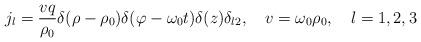
LaTeX: \begin{align*}j_{l}=\frac{vq}{\rho _{0}}\delta (\rho -\rho _{0})\delta (\varphi-\omega _{0}t)\delta (z)\delta _{l2},\quad v=\omega _{0}\rho_{0},\quad l=1,2,3 \end{align*}